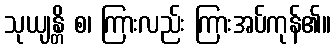
သုယျန္တိ စ၊ ကြားလည်း ကြားအပ်ကုန်၏။